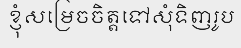
ខ្ញុំសម្រេចចិត្តទៅសុំទិញរូប